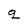
Character: g